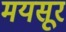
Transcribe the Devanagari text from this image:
मयसूर